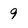
Character: 9